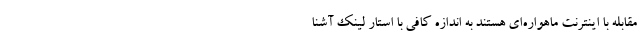
مقابله با اینترنت ماهواره‌ای هستند به اندازه کافی با استار لینک آشنا